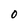
Character: 0